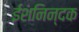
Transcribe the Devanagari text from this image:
ईशनिन्दक